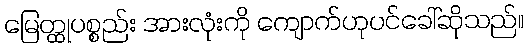
မြေတ္ထုပစ္စည်း အားလုံးကို ကျောက်ဟုပင်ခေါ်ဆိုသည်။